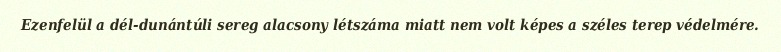
Ezenfelül a dél-dunántúli sereg alacsony létszáma miatt nem volt képes a széles terep védelmére.